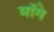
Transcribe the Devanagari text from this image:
माॅगे